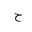
Letter: _ha